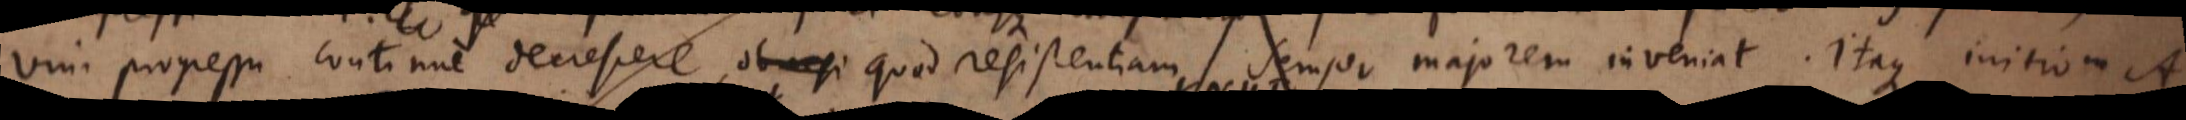
vim progressu continue decrescere, ob resi quod resistentiam semper majorem inveniat. Itaque initio in A